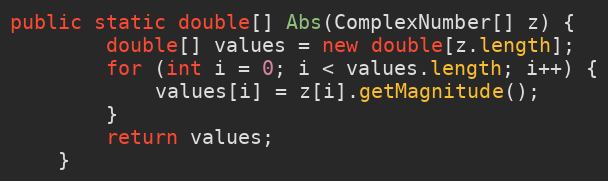
Language: Java
public static double[] Abs(ComplexNumber[] z) {
        double[] values = new double[z.length];
        for (int i = 0; i < values.length; i++) {
            values[i] = z[i].getMagnitude();
        }
        return values;
    }